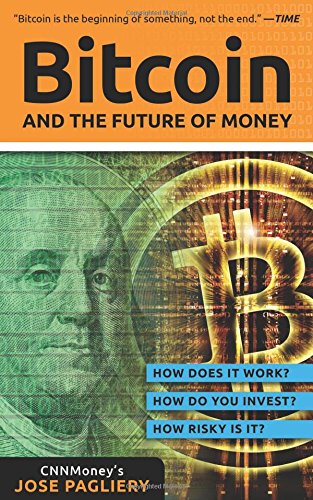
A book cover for Bitcoin: And the Future of Money; Jose Pagliery; Computers & Technology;